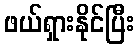
ဖယ်ရှားနိုင်ပြီး